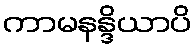
ကာမနန္ဒိယာပိ